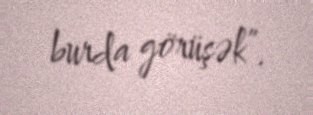
burda görüşək”.